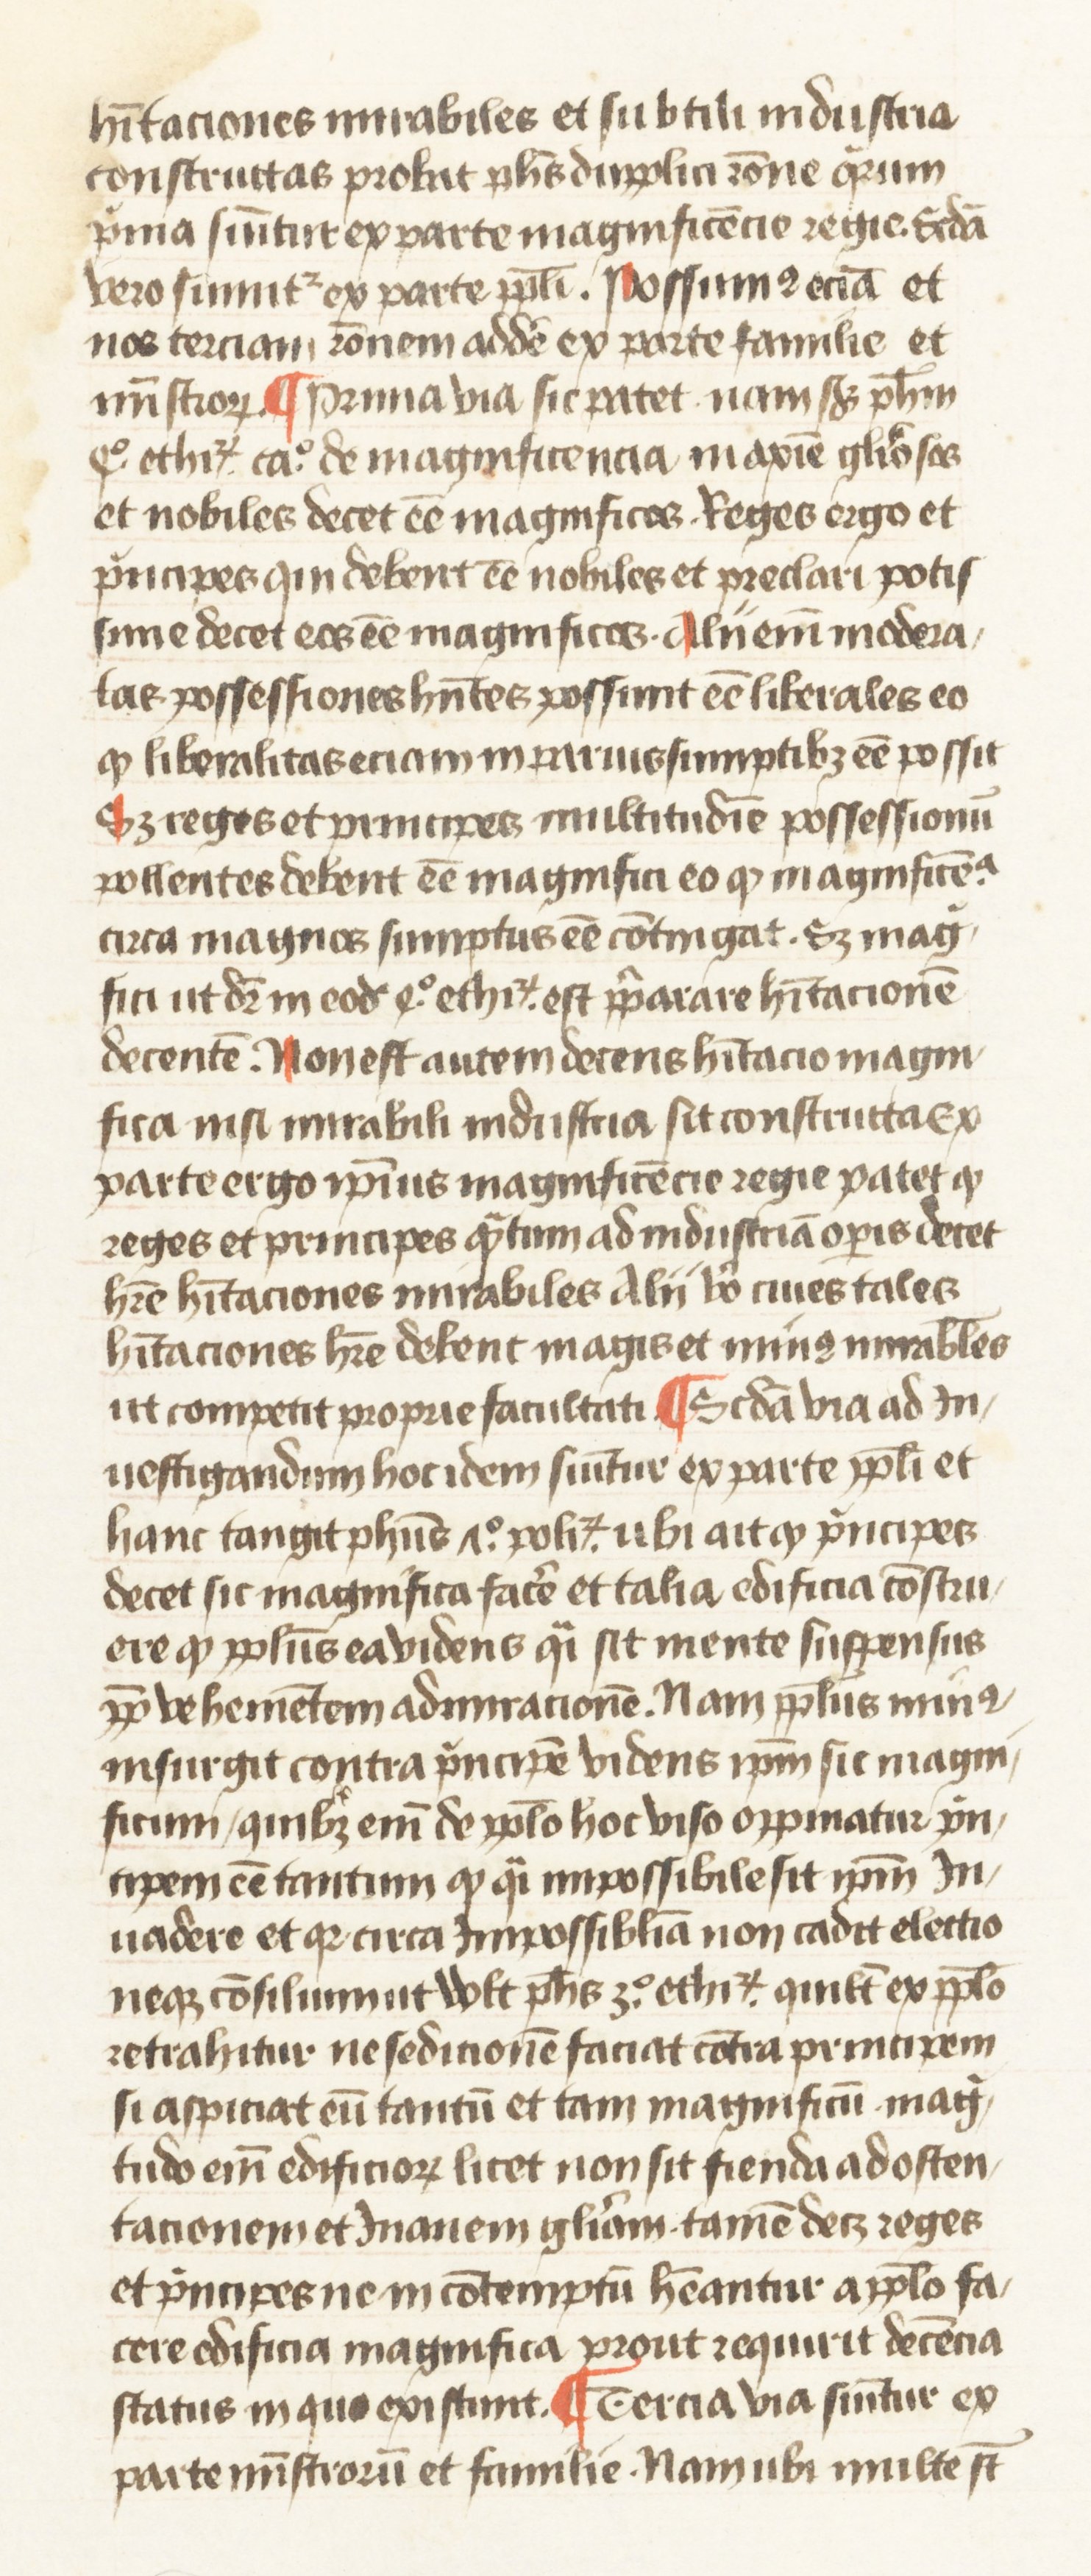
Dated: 1445–1495